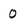
Character: 0